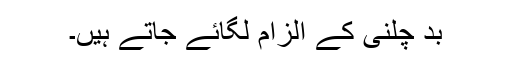
بد چلنی کے الزام لگائے جاتے ہیں۔